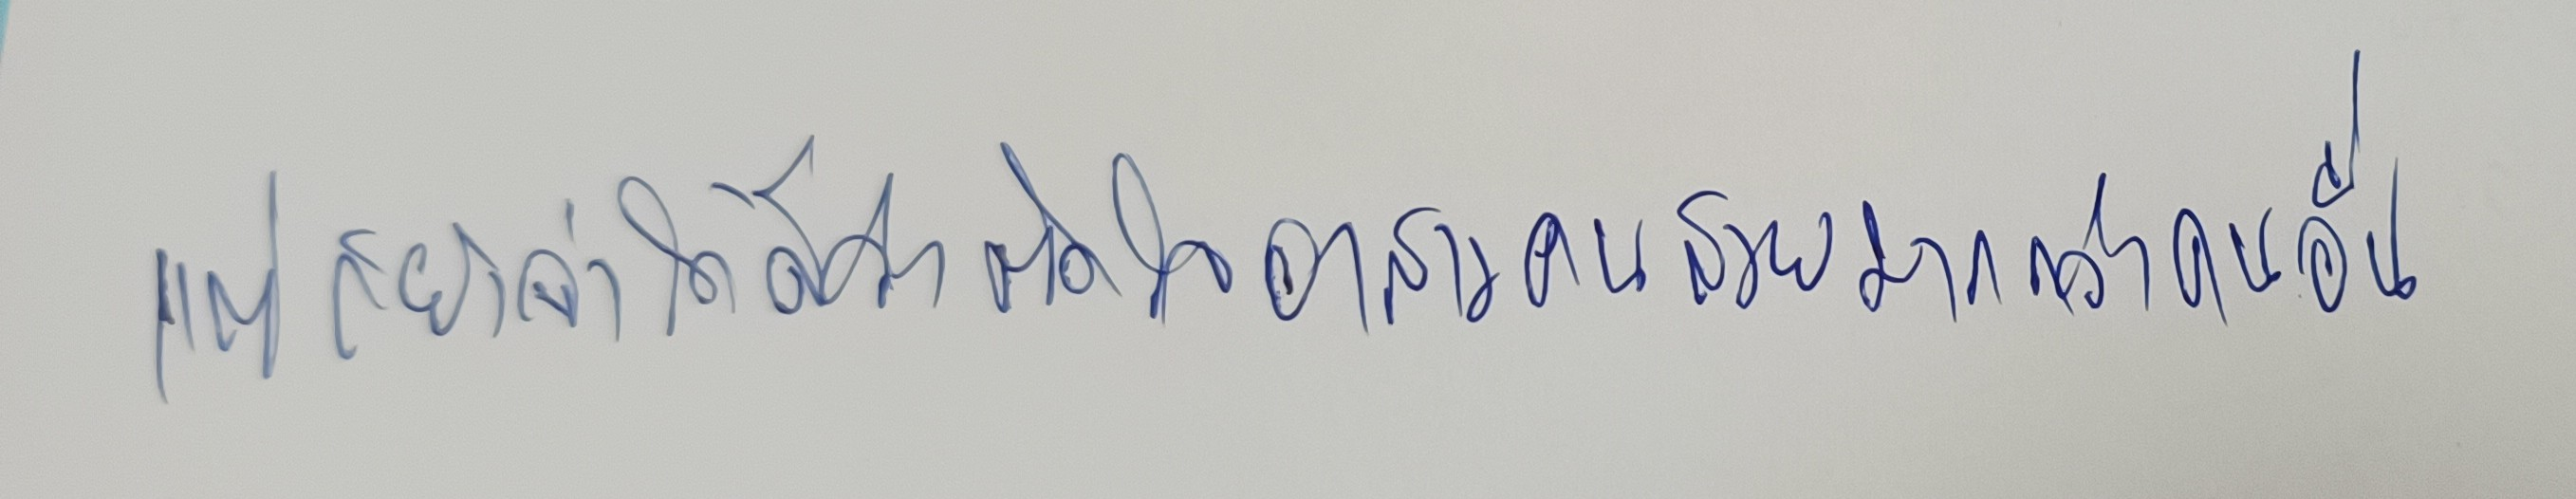
แต่ก็ยังจำได้ดีว่าติดใจอาสาวคนสวยมากกว่าคนอื่น